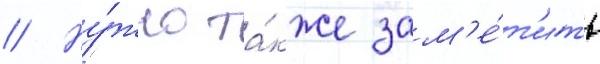
// Ну́жно та́кже зам'е́т'ить